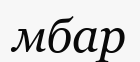
мбар